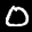
Label: 0